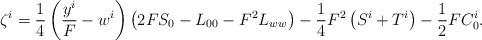
LaTeX: \begin{align*}\zeta^i &= \frac{1}{4}\left( \frac{y^i}{F} - w^i \right) \left( 2FS_0 - L_{00} - F^2L_{ww}\right) - \frac{1}{4}F^2\left( S^i + T^i\right) - \frac{1}{2}FC^i_0 .\end{align*}